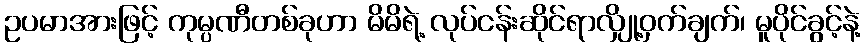
ဥပမာအားဖြင့် ကုမ္ပဏီတစ်ခုဟာ မိမိရဲ့ လုပ်ငန်းဆိုင်ရာလျှို့ဝှက်ချက်၊ မူပိုင်ခွင့်နဲ့